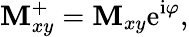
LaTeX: \mathbf{M}_{xy}^{+}=\mathbf{M}_{xy}\mathrm{{e}}^{\mathrm{{i}}\varphi},